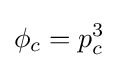
\phi _{c}=p_{c}^{3}